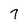
Character: 7